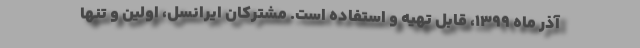
آذر ماه ۱۳۹۹، قابل تهیه و استفاده است. مشترکان ایرانسل، اولین و تنها